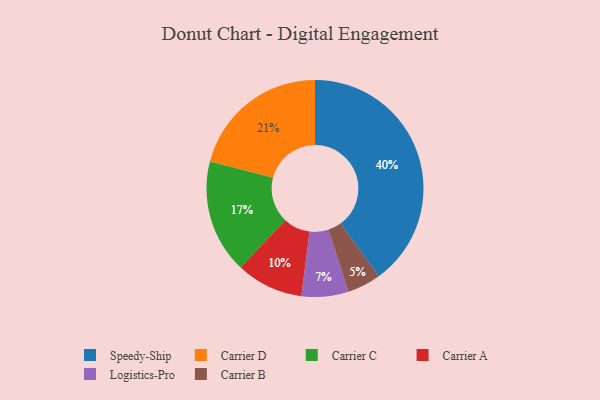
{"axis": {"x": "Category", "y": "Percentage"}, "legend": ["Carrier A", "Carrier B", "Carrier C", "Carrier D", "Logistics-Pro", "Speedy-Ship"], "data": [{"x": "Carrier C", "y": 17, "type": "Carrier C"}, {"x": "Carrier B", "y": 5, "type": "Carrier B"}, {"x": "Carrier A", "y": 10, "type": "Carrier A"}, {"x": "Speedy-Ship", "y": 40, "type": "Speedy-Ship"}, {"x": "Carrier D", "y": 21, "type": "Carrier D"}, {"x": "Logistics-Pro", "y": 7, "type": "Logistics-Pro"}]}